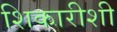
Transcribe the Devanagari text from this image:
शिकारीशी